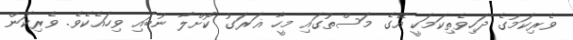
ވެރިކަމުގެ ދަހިވެތިކަމަކީ އޭގެ މަސްތުގައި މީހާ ޣަރަގު ކޮށްލާ ނުބައި ވިހައެކެވެ. ވެރިކަން